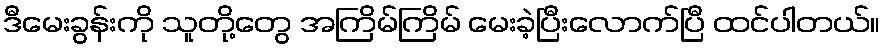
ဒီမေးခွန်းကို သူတို့တွေ အကြိမ်ကြိမ် မေးခဲ့ပြီးလောက်ပြီ ထင်ပါတယ်။